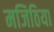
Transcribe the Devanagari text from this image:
मजिठिया